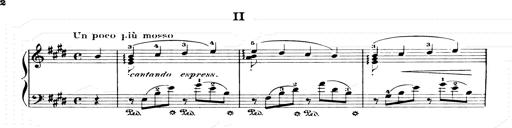
Title: Consolations and LiebestrÃ¤ume for the Piano
Composer: Franz Liszt